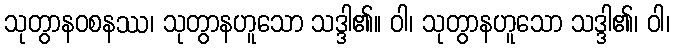
သုတွာနဝစနဿ၊ သုတွာနဟူသော သဒ္ဒါ၏။ ဝါ၊ သုတွာနဟူသော သဒ္ဒါ၏၊ ဝါ၊